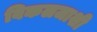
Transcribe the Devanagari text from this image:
विकलजाशी